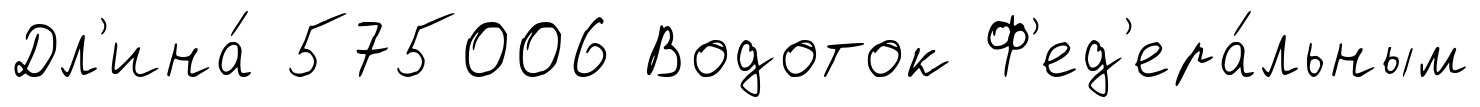
Дл'ина́ 575006 Водоток Ф'ед'ера́льным